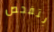
بتفحص